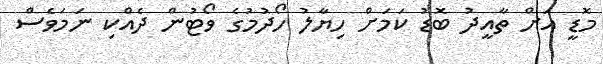
މޮޑީ އަށް ތާއީދު ބޮޑު ކަމަށް ހިޔާލު ހޯދުމުގެ ވޯޓުން ދެއްކި ނަމަވެސް